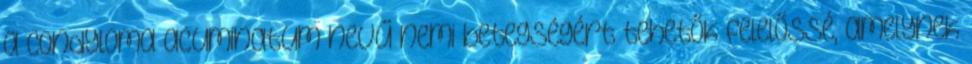
a condyloma acuminatum nevű nemi betegségért tehetők felelőssé, amelynek